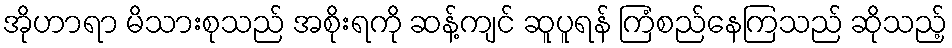
အိုဟာရာ မိသားစုသည် အစိုးရကို ဆန့်ကျင် ဆူပူရန် ကြံစည်နေကြသည် ဆိုသည့်